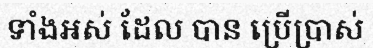
ទាំងអស់ ដែល បាន ប្រើប្រាស់